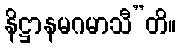
နိဋ္ဌာနမဂမာသီ”တိ။